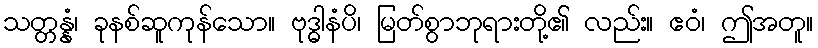
သတ္တန္နံ၊ ခုနစ်ဆူကုန်သော။ ဗုဒ္ဓါနံပိ၊ မြတ်စွာဘုရားတို့၏ လည်း။ ဧဝံ၊ ဤအတူ။